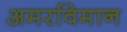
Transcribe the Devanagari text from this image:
अमरविमान